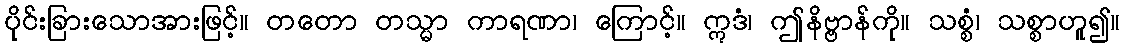
ပိုင်းခြားသောအားဖြင့်။ တတော တသ္မာ ကာရဏာ၊ ကြောင့်။ ဣဒံ၊ ဤနိဗ္ဗာန်ကို။ သစ္စံ၊ သစ္စာဟူ၍။